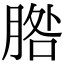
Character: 𦜵